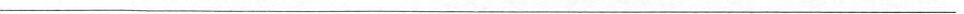
___